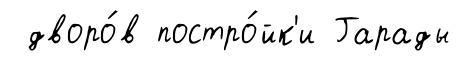
дворо́в постро́йк'и Гарады